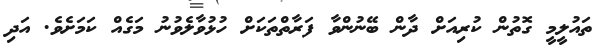
ތައުލީމީ ގޮތުން ކުރިއަށް ދާން ބޭނުންވާ ފަރާތްތަކަށް ހުޅުވާލެވުނު މަގެއް ކަމަށެވެ. އަދި